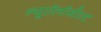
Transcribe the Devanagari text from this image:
न्यूरॉलॉजीस्ट